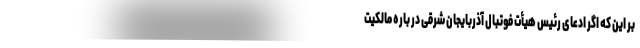
بر این که اگر ادعای رئیس هیأت فوتبال آذربایجان شرقی در باره مالکیت